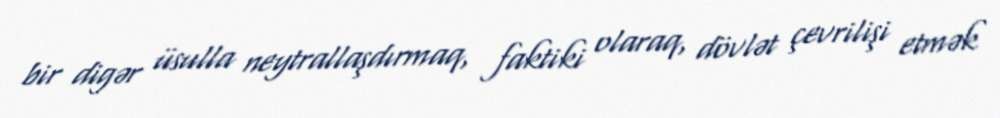
bir digər üsulla neytrallaşdırmaq, faktiki olaraq, dövlət çevrilişi etmək